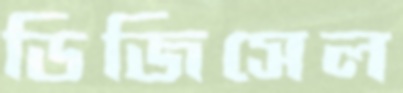
ডিজিসেল